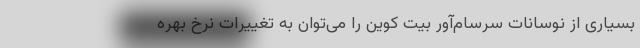
بسیاری از نوسانات سرسام‌آور بیت کوین را می‌توان به تغییرات نرخ بهره